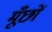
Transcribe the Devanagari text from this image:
मूँछों